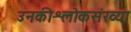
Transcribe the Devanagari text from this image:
उनकीश्लोकसंख्या